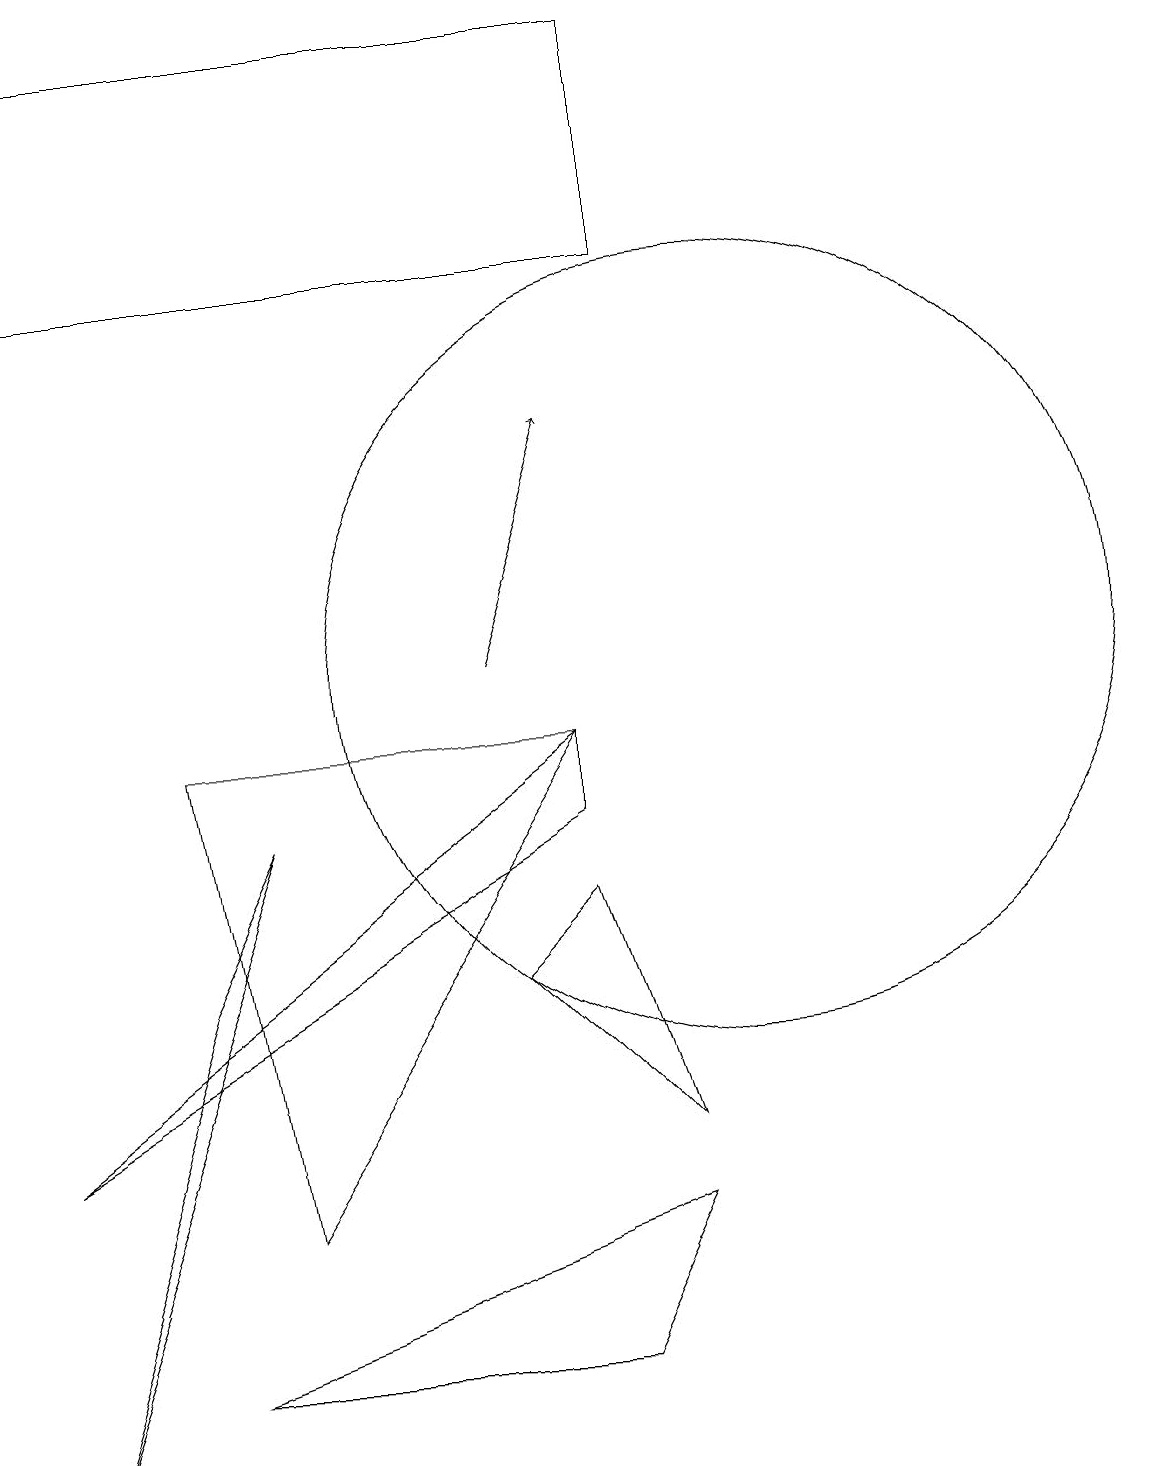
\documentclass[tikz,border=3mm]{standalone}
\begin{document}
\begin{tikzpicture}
\draw (7,6) -- (8,7) -- (9,4) -- cycle;
\draw (10,10) circle (5);
\draw (3,9) -- (4,3) -- (8,9) -- cycle;
\draw (8,8) -- (8,9) -- (1,4) -- cycle;
\draw (3,1) -- (9,3) -- (8,1) -- cycle;
\draw (1,18) rectangle (9,15);
\draw (1,0) -- (4,8) -- (3,6) -- cycle;
\draw[->] (7,10) -- (8,13);
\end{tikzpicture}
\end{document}